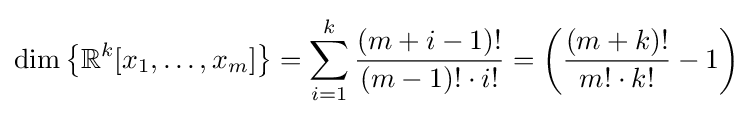
\dim \left\{\mathbb {R} ^{k}[x_{1},\ldots ,x_{m}]\right\}=\sum _{i=1}^{k}{\frac {(m+i-1)!}{(m-1)!\cdot i!}}=\left({\frac {(m+k)!}{m!\cdot k!}}-1\right)